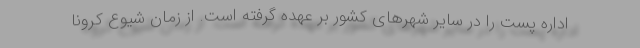
اداره پست را در سایر شهرهای کشور بر عهده گرفته است. از زمان شیوع کرونا